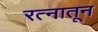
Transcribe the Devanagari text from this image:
रत्‍नातून